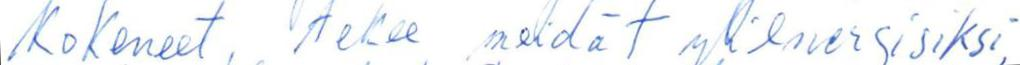
kokeneet, tekee meidät ylienergisiksi,